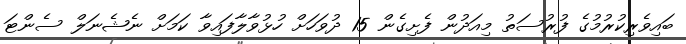
ބައިވެރިކުރުމުގެ ފުރުސަތު މިއަދުން ފެށިގެން 15 ދުވަހަށް ހުޅުވާލާފައިވާ ކަމަށް ނެޝެނަލް ސެންޓަ